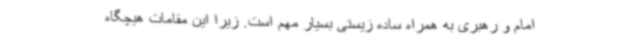
امام و رهبری به همراه ساده زیستی بسیار مهم است. زیرا این مقامات هیچگاه